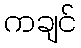
ကချင်